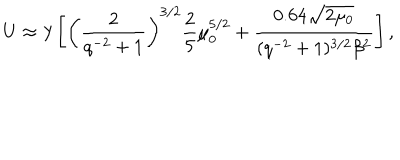
LaTeX: U \approx \lambda \left[ \left( \frac { 2 } { q ^ { - 2 } + 1 } \right) ^ { 3 / 2 } \frac { 2 } { 5 } \mu _ { 0 } ^ { 5 / 2 } + \frac { 0 . 6 4 \sqrt { 2 \mu _ { 0 } } } { ( q ^ { - 2 } + 1 ) ^ { 3 / 2 } \beta ^ { 2 } } \right] ,